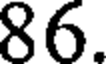
86.